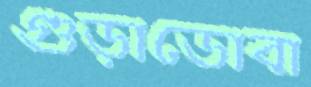
গুড়াডোবা